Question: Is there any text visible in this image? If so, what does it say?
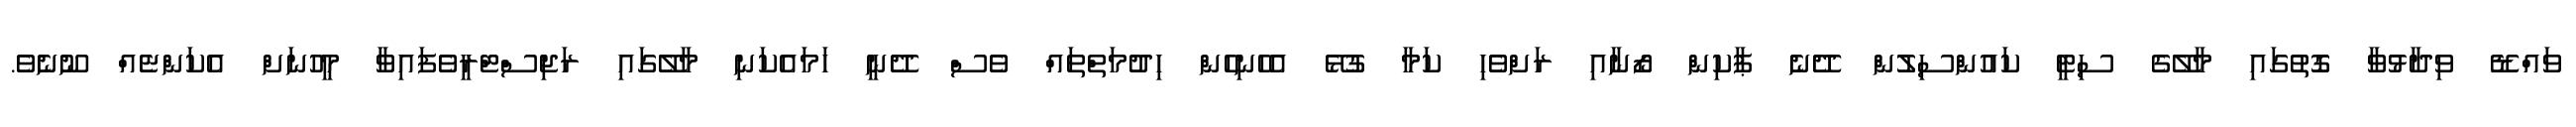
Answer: ވައްޑޭ ވިދާޅުވާ ގޮތުގައި މާލޭގެ ސިޓީ ކައުންސިލުން ދޭނެ ޕާކިން ޒޯނާއި ރަށްވެހި ކަމާ ގުޅޭ އެހެނިހެން ހިދުމަތްތައް ވެސް ދޭނީ ހަމައެކަނި މާލޭގައި ރަޖިސްޓްރީވެފައިވާ މީހުނަށް އެކަންޏެއް ނޫނެވެ.